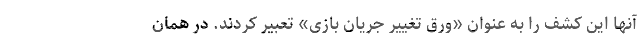
آنها این کشف را به عنوان «ورق تغییر جریان بازی» تعبیر کردند. در همان